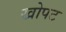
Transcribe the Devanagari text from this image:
खोपट